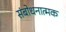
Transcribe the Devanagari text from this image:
संबोधनात्मक